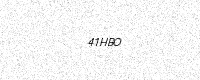
Text: 41HBO